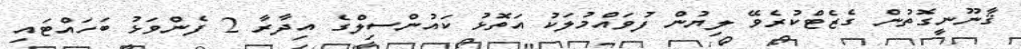
ޤާނޫނީގޮތުން ގެޒެޓްކުރެވޭ ލިޔުން ފުވައްމުލަކު އަތޮޅު ކައުންސިލްގެ އިދާރާ 2 ފެންވަޅު ބަހައްޓައި